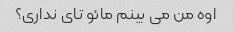
اوه من می بینم مائو تای نداری؟